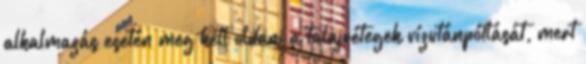
alkalmazás esetén meg kell oldani a talajrétegek vízutánpótlását, mert